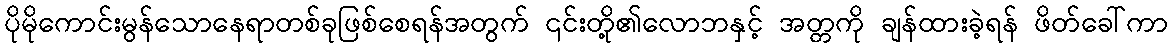
ပိုမိုကောင်းမွန်သောနေရာတစ်ခုဖြစ်စေရန်အတွက် ၎င်းတို့၏လောဘနှင့် အတ္တကို ချန်ထားခဲ့ရန် ဖိတ်ခေါ်ကာ